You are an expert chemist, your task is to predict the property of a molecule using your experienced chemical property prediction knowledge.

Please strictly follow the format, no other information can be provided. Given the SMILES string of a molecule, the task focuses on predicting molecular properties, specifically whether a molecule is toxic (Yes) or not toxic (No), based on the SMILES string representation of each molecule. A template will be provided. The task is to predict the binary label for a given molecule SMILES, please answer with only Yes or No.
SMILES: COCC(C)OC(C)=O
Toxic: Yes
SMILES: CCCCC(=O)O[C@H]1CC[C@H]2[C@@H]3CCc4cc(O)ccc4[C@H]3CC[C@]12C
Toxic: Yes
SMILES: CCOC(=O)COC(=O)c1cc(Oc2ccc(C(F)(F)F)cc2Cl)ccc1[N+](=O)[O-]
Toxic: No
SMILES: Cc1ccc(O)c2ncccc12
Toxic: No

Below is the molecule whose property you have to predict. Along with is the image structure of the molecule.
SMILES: Nc1ccc(S(=O)(=O)Nc2ccccc2)cc1
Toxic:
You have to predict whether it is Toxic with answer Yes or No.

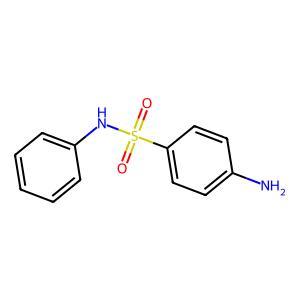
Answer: No